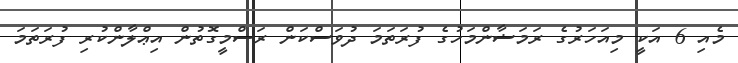
މެއި 6 އަކީ މިއަހަރުގެ ރަމަޟާންމަހުގެ ފުރަތަމަ ދުވަސްކަން ރަސްމީގޮތުން އިޢްލާންކުރި ފުރަތަމަ